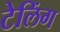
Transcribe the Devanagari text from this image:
टेलिंग